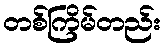
တစ်ကြိမ်တည်း